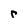
Character: r